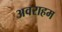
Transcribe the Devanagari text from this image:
अवराहम